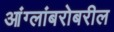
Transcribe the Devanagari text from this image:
आंग्लांबरोबरील